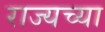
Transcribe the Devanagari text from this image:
राज्यच्या